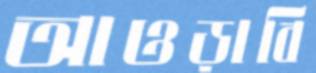
আওড়াবি